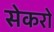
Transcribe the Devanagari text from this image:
सेकरो